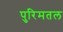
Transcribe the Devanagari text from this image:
पुरिमतल